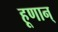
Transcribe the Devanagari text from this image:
हूणान्‌